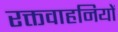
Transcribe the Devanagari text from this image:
रक्तवाहनियों